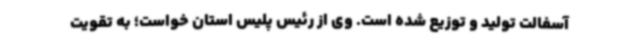
آسفالت تولید و توزیع شده است. وی از رئیس پلیس استان خواست؛ به تقویت